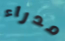
مدراء